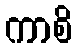
ကာစိ